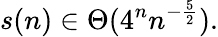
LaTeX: s(n)\in\Theta(4^{n}n^{-{\frac{5}{2}}}).